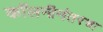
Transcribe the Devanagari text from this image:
कॉलनीनंतरचा